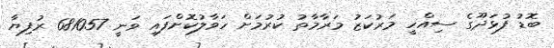
ބޮޑު ފުޅަދޫގެ ސިއްހީ މަރުކަޒު މަރާމާތު ކުރުމަށް ހަވާލުކޮށްފައި ވަނީ 681057 ރުފިޔާ